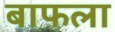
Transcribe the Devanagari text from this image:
बाफला